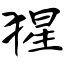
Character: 猩